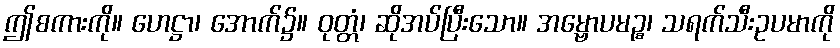
ဤစကားကို။ ဟေဋ္ဌာ၊ အောက်၌။ ဝုတ္တံ၊ ဆိုအပ်ပြီးသော။ အမ္ဗောပမဉ္စ၊ သရက်သီးဥပမာကို